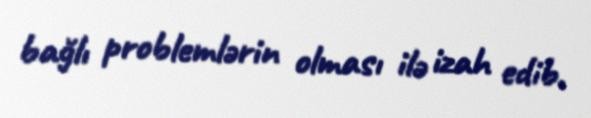
bağlı problemlərin olması ilə izah edib.